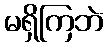
မရှိကြဘဲ